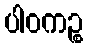
ပါဝကဉ္စ